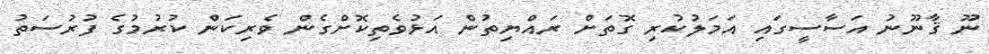
ނޫ ޤާނޫނު އަސާސީގައި އަމަލުކުރި ގޮތަށް ރައްޔިތުން އަޅުވެތިކޮށްގެން ވެރިކަން ކުރުމުގެ ފުރުސަތު